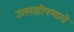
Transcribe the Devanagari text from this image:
उत्साहीपणाचे